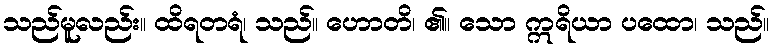
သည်မူလည်း။ ထိရတရံ၊ သည်။ ဟောတိ၊ ၏။ သော ဣရိယာ ပထော၊ သည်။